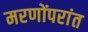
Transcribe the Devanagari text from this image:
मरणोंपरांत